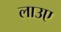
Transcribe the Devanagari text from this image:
लाउए